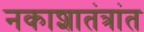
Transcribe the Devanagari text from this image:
नकाशातंत्रांत